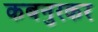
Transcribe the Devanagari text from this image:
कबनुरकर